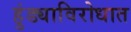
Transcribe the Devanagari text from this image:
हुंड्याविरोधात